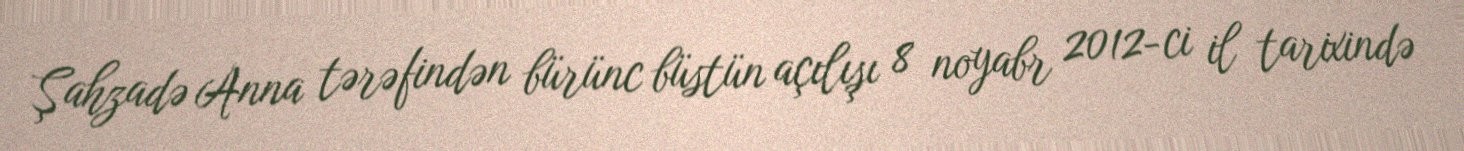
Şahzadə Anna tərəfindən bürünc büstün açılışı 8 noyabr 2012-ci il tarixində